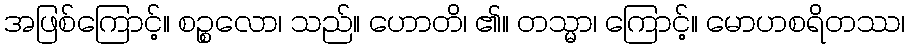
အဖြစ်ကြောင့်။ စဉ္စလော၊ သည်။ ဟောတိ၊ ၏။ တသ္မာ၊ ကြောင့်။ မောဟစရိတဿ၊